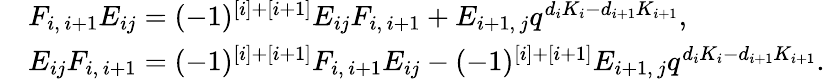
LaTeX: \begin{array}{rl}&{F_{i,\, i+1}E_{ij}=(-1)^{[i]+[i+1]}E_{ij}F_{i,\, i+1}+E_{i+1,\, j}q^{d_{i}K_{i}-d_{i+1}K_{i+1}},}\\ &{E_{ij}F_{i,\, i+1}=(-1)^{[i]+[i+1]}F_{i,\, i+1}E_{ij}-(-1)^{[i]+[i+1]}E_{i+1,\, j}q^{d_{i}K_{i}-d_{i+1}K_{i+1}}.}\end{array}